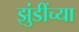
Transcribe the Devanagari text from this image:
झुंडींच्या